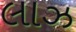
લાઝ